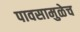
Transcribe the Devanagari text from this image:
पावसामुळेच